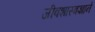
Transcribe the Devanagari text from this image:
जीवशास्त्रज्ञाने